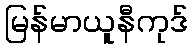
မြန်မာယူနီကုဒ်